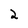
Character: 2